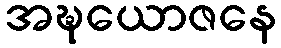
အဍ္ဎယောဇနေ